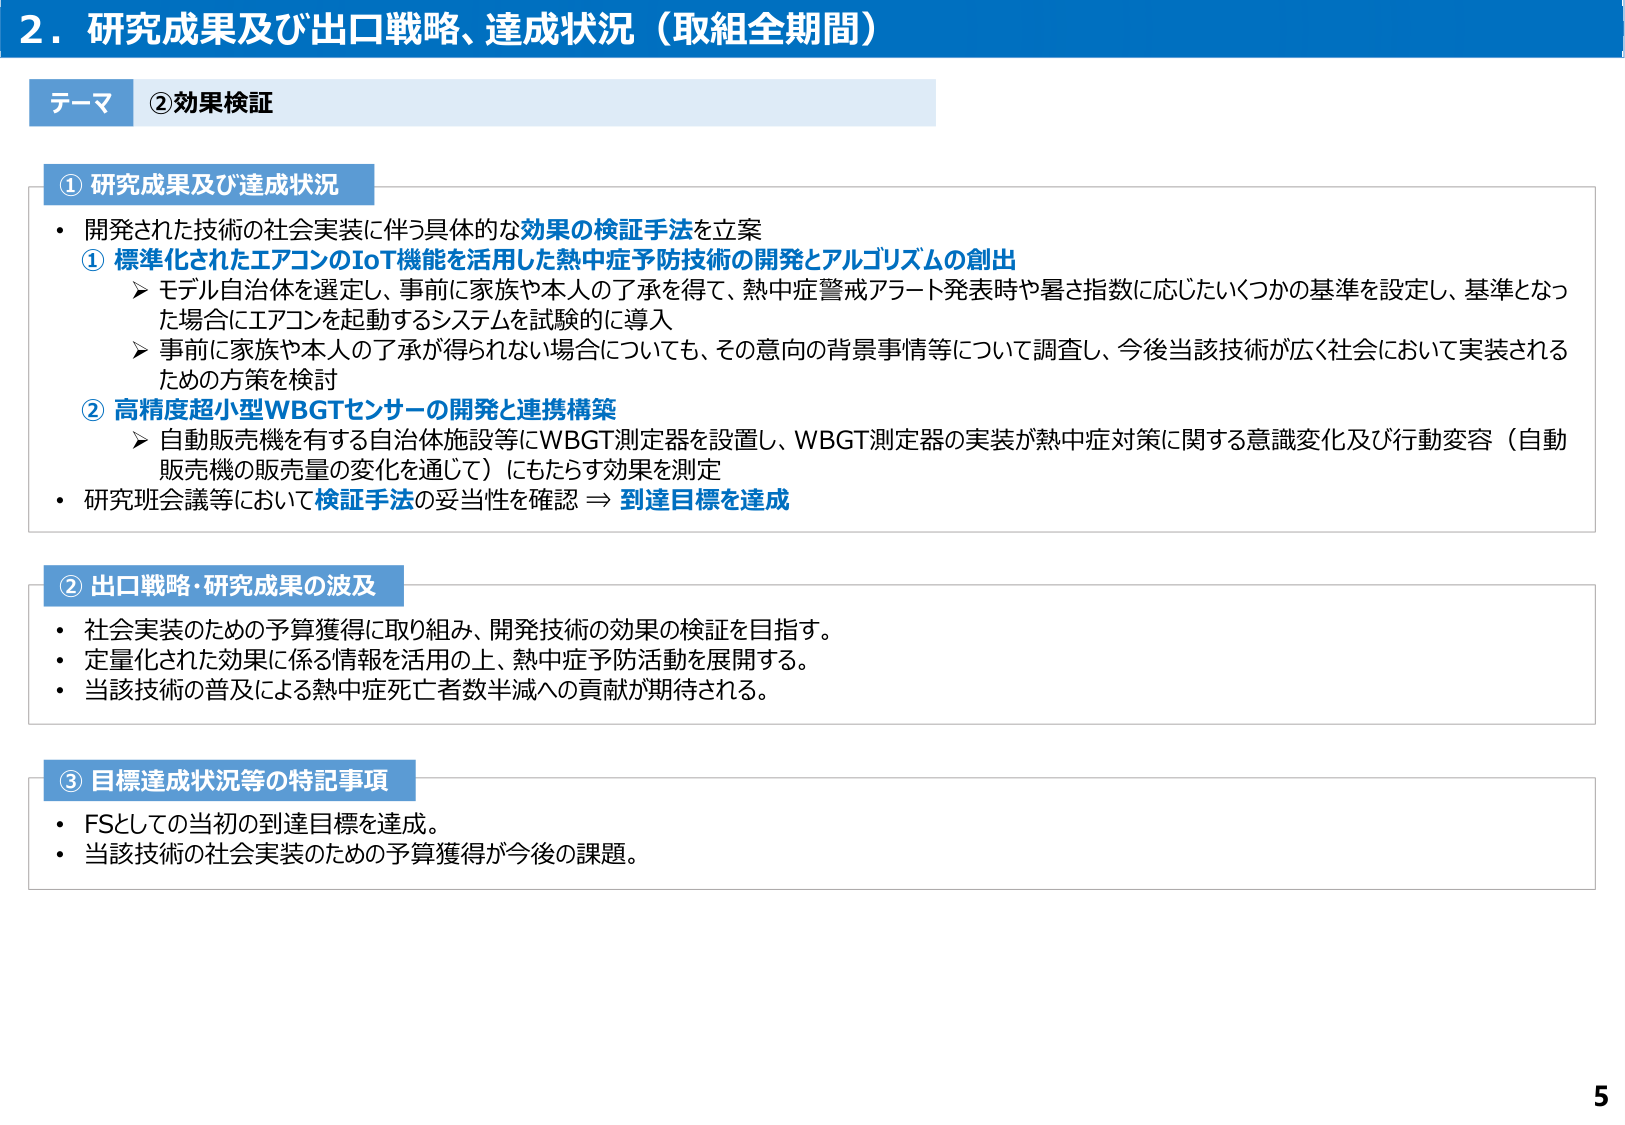
2. 研究成果及び出口戦略、達成状況（取組全期間）

テーマ ②効果検証

① 研究成果及び達成状況
・開発された技術の社会実装に伴う具体的な効果の検証手法を立案
　① 標準化されたエアコンのIoT機能を活用した熱中症予防技術の開発とアルゴリズムの創出
　　➤ モデル自治体を選定し、事前に家族や本人の了承を得て、熱中症警戒アラート発表時や暑さ指数に応じたいくつかの基準を設定し、基準となった場合にエアコンを起動するシステムを試験的に導入
　　➤ 事前に家族や本人の了承が得られない場合についても、その意向の背景事情等について調査し、今後当該技術が広く社会において実装されるための方策を検討
　② 高精度超小型WBGTセンサーの開発と連携構築
　　➤ 自動販売機を有する自治体施設等にWBGT測定器を設置し、WBGT測定器の実装が熱中症対策に関する意識変化及び行動変容（自動販売機の販売量の変化を通じて）にもたらす効果を測定
・研究班会議等において検証手法の妥当性を確認 ⇒ 到達目標を達成

② 出口戦略・研究成果の波及
・社会実装のための予算獲得に取り組み、開発技術の効果の検証を目指す。
・定量化された効果に係る情報を活用の上、熱中症予防活動を展開する。
・当該技術の普及による熱中症死亡者数半減への貢献が期待される。

③ 目標達成状況等の特記事項
・FSとしての当初の到達目標を達成。
・当該技術の社会実装のための予算獲得が今後の課題。

5